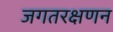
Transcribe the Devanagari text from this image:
जगतरक्षणन